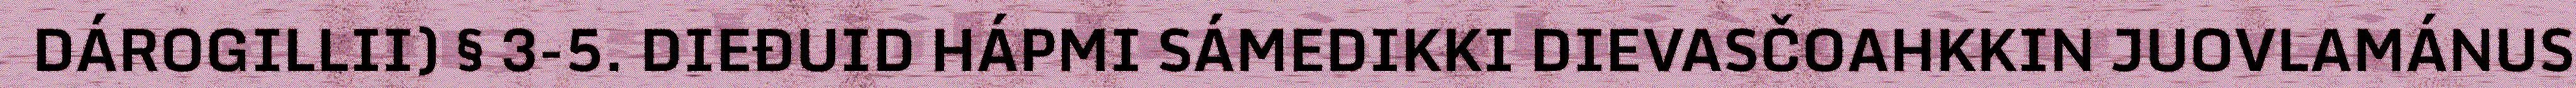
DÁROGILLII) § 3-5. DIEĐUID HÁPMI SÁMEDIKKI DIEVASČOAHKKIN JUOVLAMÁNUS